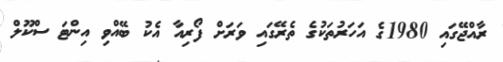
ރާއްޖޭގައި 1980ގެ އަހަރުތަކުގެ ތެރޭގައި ވަރަށް ފޯރިއާ އެކު ބޭއްވި އިންޓަ ސްކޫލް